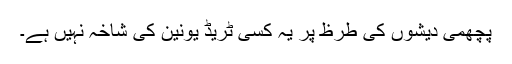
پچھمی دیشوں کی طرظ پر یہ کسی ٹریڈ یونین کی شاخہ نہیں ہے۔